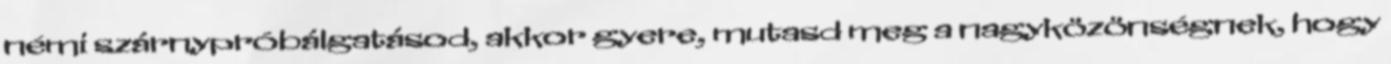
némi szárnypróbálgatásod, akkor gyere, mutasd meg a nagyközönségnek, hogy